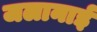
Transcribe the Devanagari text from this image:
जलानाई